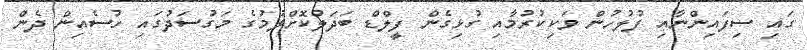
ގައި ސިފައިންނާއި ފުލުހުން ވަކިކުރުމާއި ގުޅިގެން ފީލްޑް ބަދަލުކޮށްލުމުގެ މަގުސަދުގައި ހުސެއިން ދެން